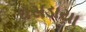
ઘસડાયા